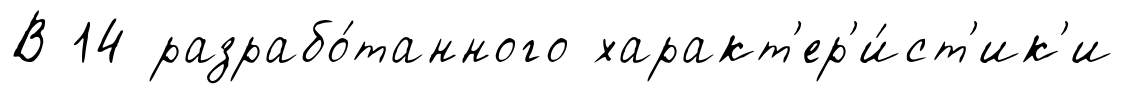
В 14 разрабо́танного характ'ер'и́ст'ик'и